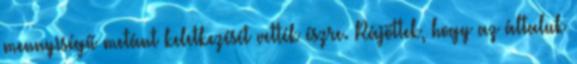
mennyiségű metánt keletkezését vették észre. Rájöttek, hogy az általuk